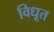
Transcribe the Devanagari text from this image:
विधूत